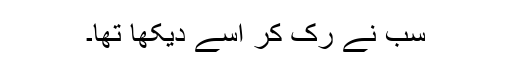
سب نے رک کر اسے دیکھا تھا۔